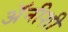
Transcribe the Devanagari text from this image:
अॅनीशी